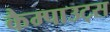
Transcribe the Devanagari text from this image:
कैम्पाउट्स